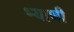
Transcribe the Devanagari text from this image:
भ्याणी